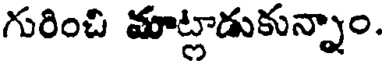
గురించి మాట్లాడుకున్నాం.